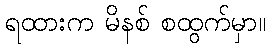
ရထားက မိနစ် စထွက်မှာ။